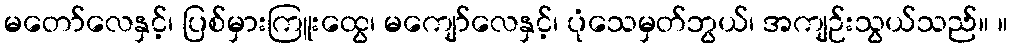
မတော်လေနှင့်၊ ပြစ်မှားကြူးထွေ၊ မကျော်လေနှင့်၊ ပုံသေမှတ်ဘွယ်၊ အကျဉ်းသွယ်သည်။ ။